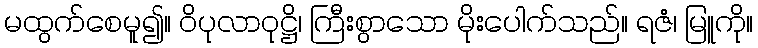
မထွက်စေမူ၍။ ဝိပုလာဝုဋ္ဌိ၊ ကြီးစွာသော မိုးပေါက်သည်။ ရဇံ၊ မြူကို။